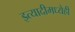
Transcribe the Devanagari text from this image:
इत्यादीमध्येही